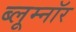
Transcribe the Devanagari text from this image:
ब्लूम्नॉर